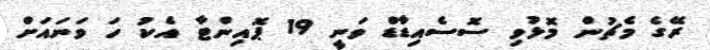
ރޭގެ މެޗުން މޮޅުވި ސޮސެއިޑާޑް ވަނީ 19 ޕޮއިންޓާ އެކު ހަ ވަނައަށް